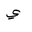
Letter: _ya